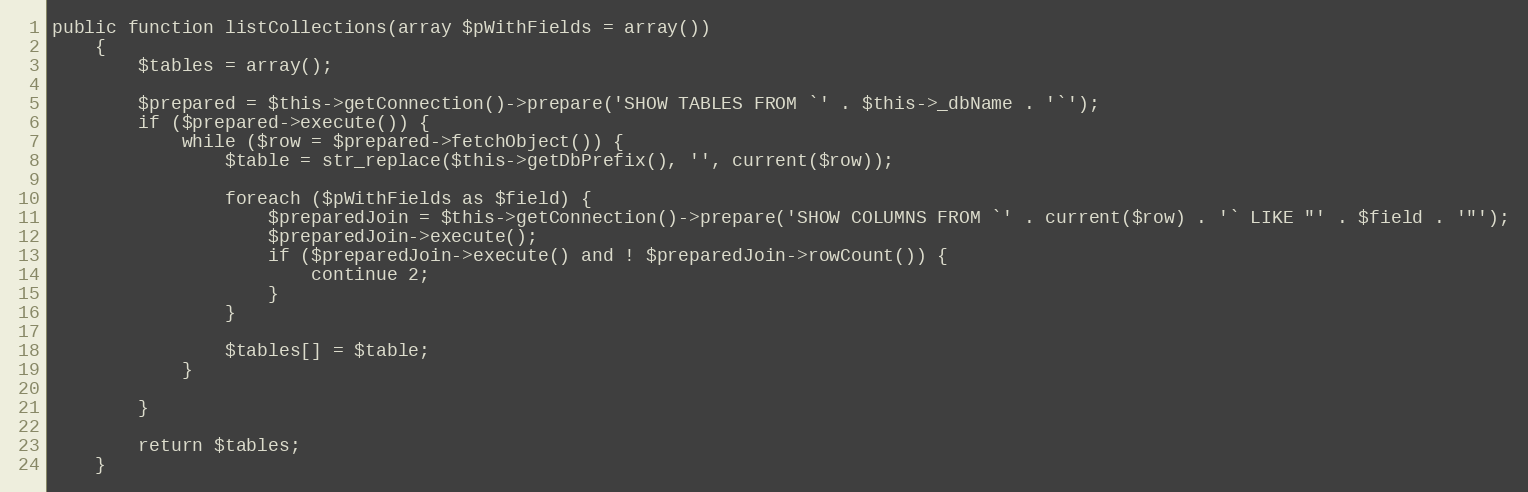
Language: PHP
public function listCollections(array $pWithFields = array())
    {
        $tables = array();

        $prepared = $this->getConnection()->prepare('SHOW TABLES FROM `' . $this->_dbName . '`');
        if ($prepared->execute()) {
            while ($row = $prepared->fetchObject()) {
                $table = str_replace($this->getDbPrefix(), '', current($row));

                foreach ($pWithFields as $field) {
                    $preparedJoin = $this->getConnection()->prepare('SHOW COLUMNS FROM `' . current($row) . '` LIKE "' . $field . '"');
                    $preparedJoin->execute();
                    if ($preparedJoin->execute() and ! $preparedJoin->rowCount()) {
                        continue 2;
                    }
                }

                $tables[] = $table;
            }

        }

        return $tables;
    }